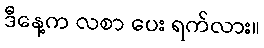
ဒီနေ့က လစာ ပေး ရက်လား။